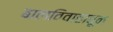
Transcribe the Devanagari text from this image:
बालविवाहातून